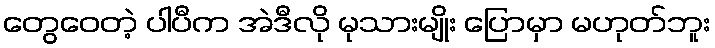
တွေဝေတဲ့ ပါပီက အဲဒီလို မုသားမျိုး ပြောမှာ မဟုတ်ဘူး